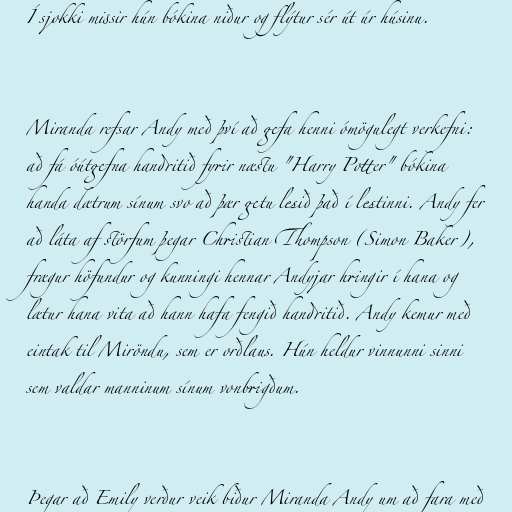
Í sjokki missir hún bókina niður og flýtur sér út úr húsinu.

Miranda refsar Andy með því að gefa henni ómögulegt verkefni:
að fá óútgefna handritið fyrir næstu "Harry Potter" bókina
handa dætrum sínum svo að þær getu lesið það í lestinni. Andy fer
að láta af störfum þegar Christian Thompson (Simon Baker),
frægur höfundur og kunningi hennar Andyjar hringir í hana og
lætur hana vita að hann hafa fengið handritið. Andy kemur með
eintak til Miröndu, sem er orðlaus. Hún heldur vinnunni sinni
sem valdar manninum sínum vonbrigðum.

Þegar að Emily verður veik biður Miranda Andy um að fara með